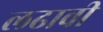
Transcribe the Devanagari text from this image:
लढावी